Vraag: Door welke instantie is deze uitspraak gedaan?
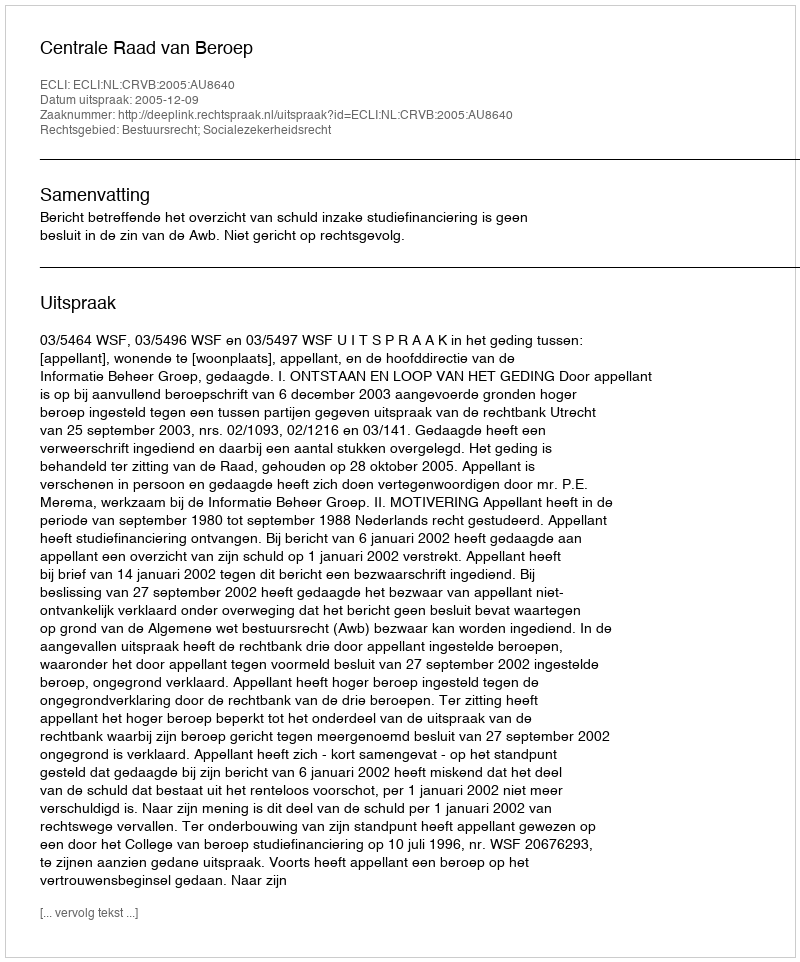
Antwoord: Centrale Raad van Beroep